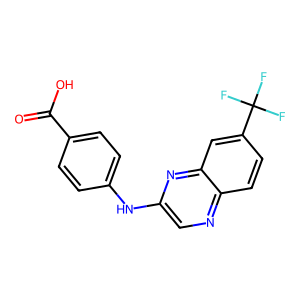
SMILES: O=C(O)c1ccc(Nc2cnc3ccc(C(F)(F)F)cc3n2)cc1
Inhibits HIV replication: No